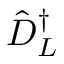
\hat { D } _ { L } ^ { \dagger }